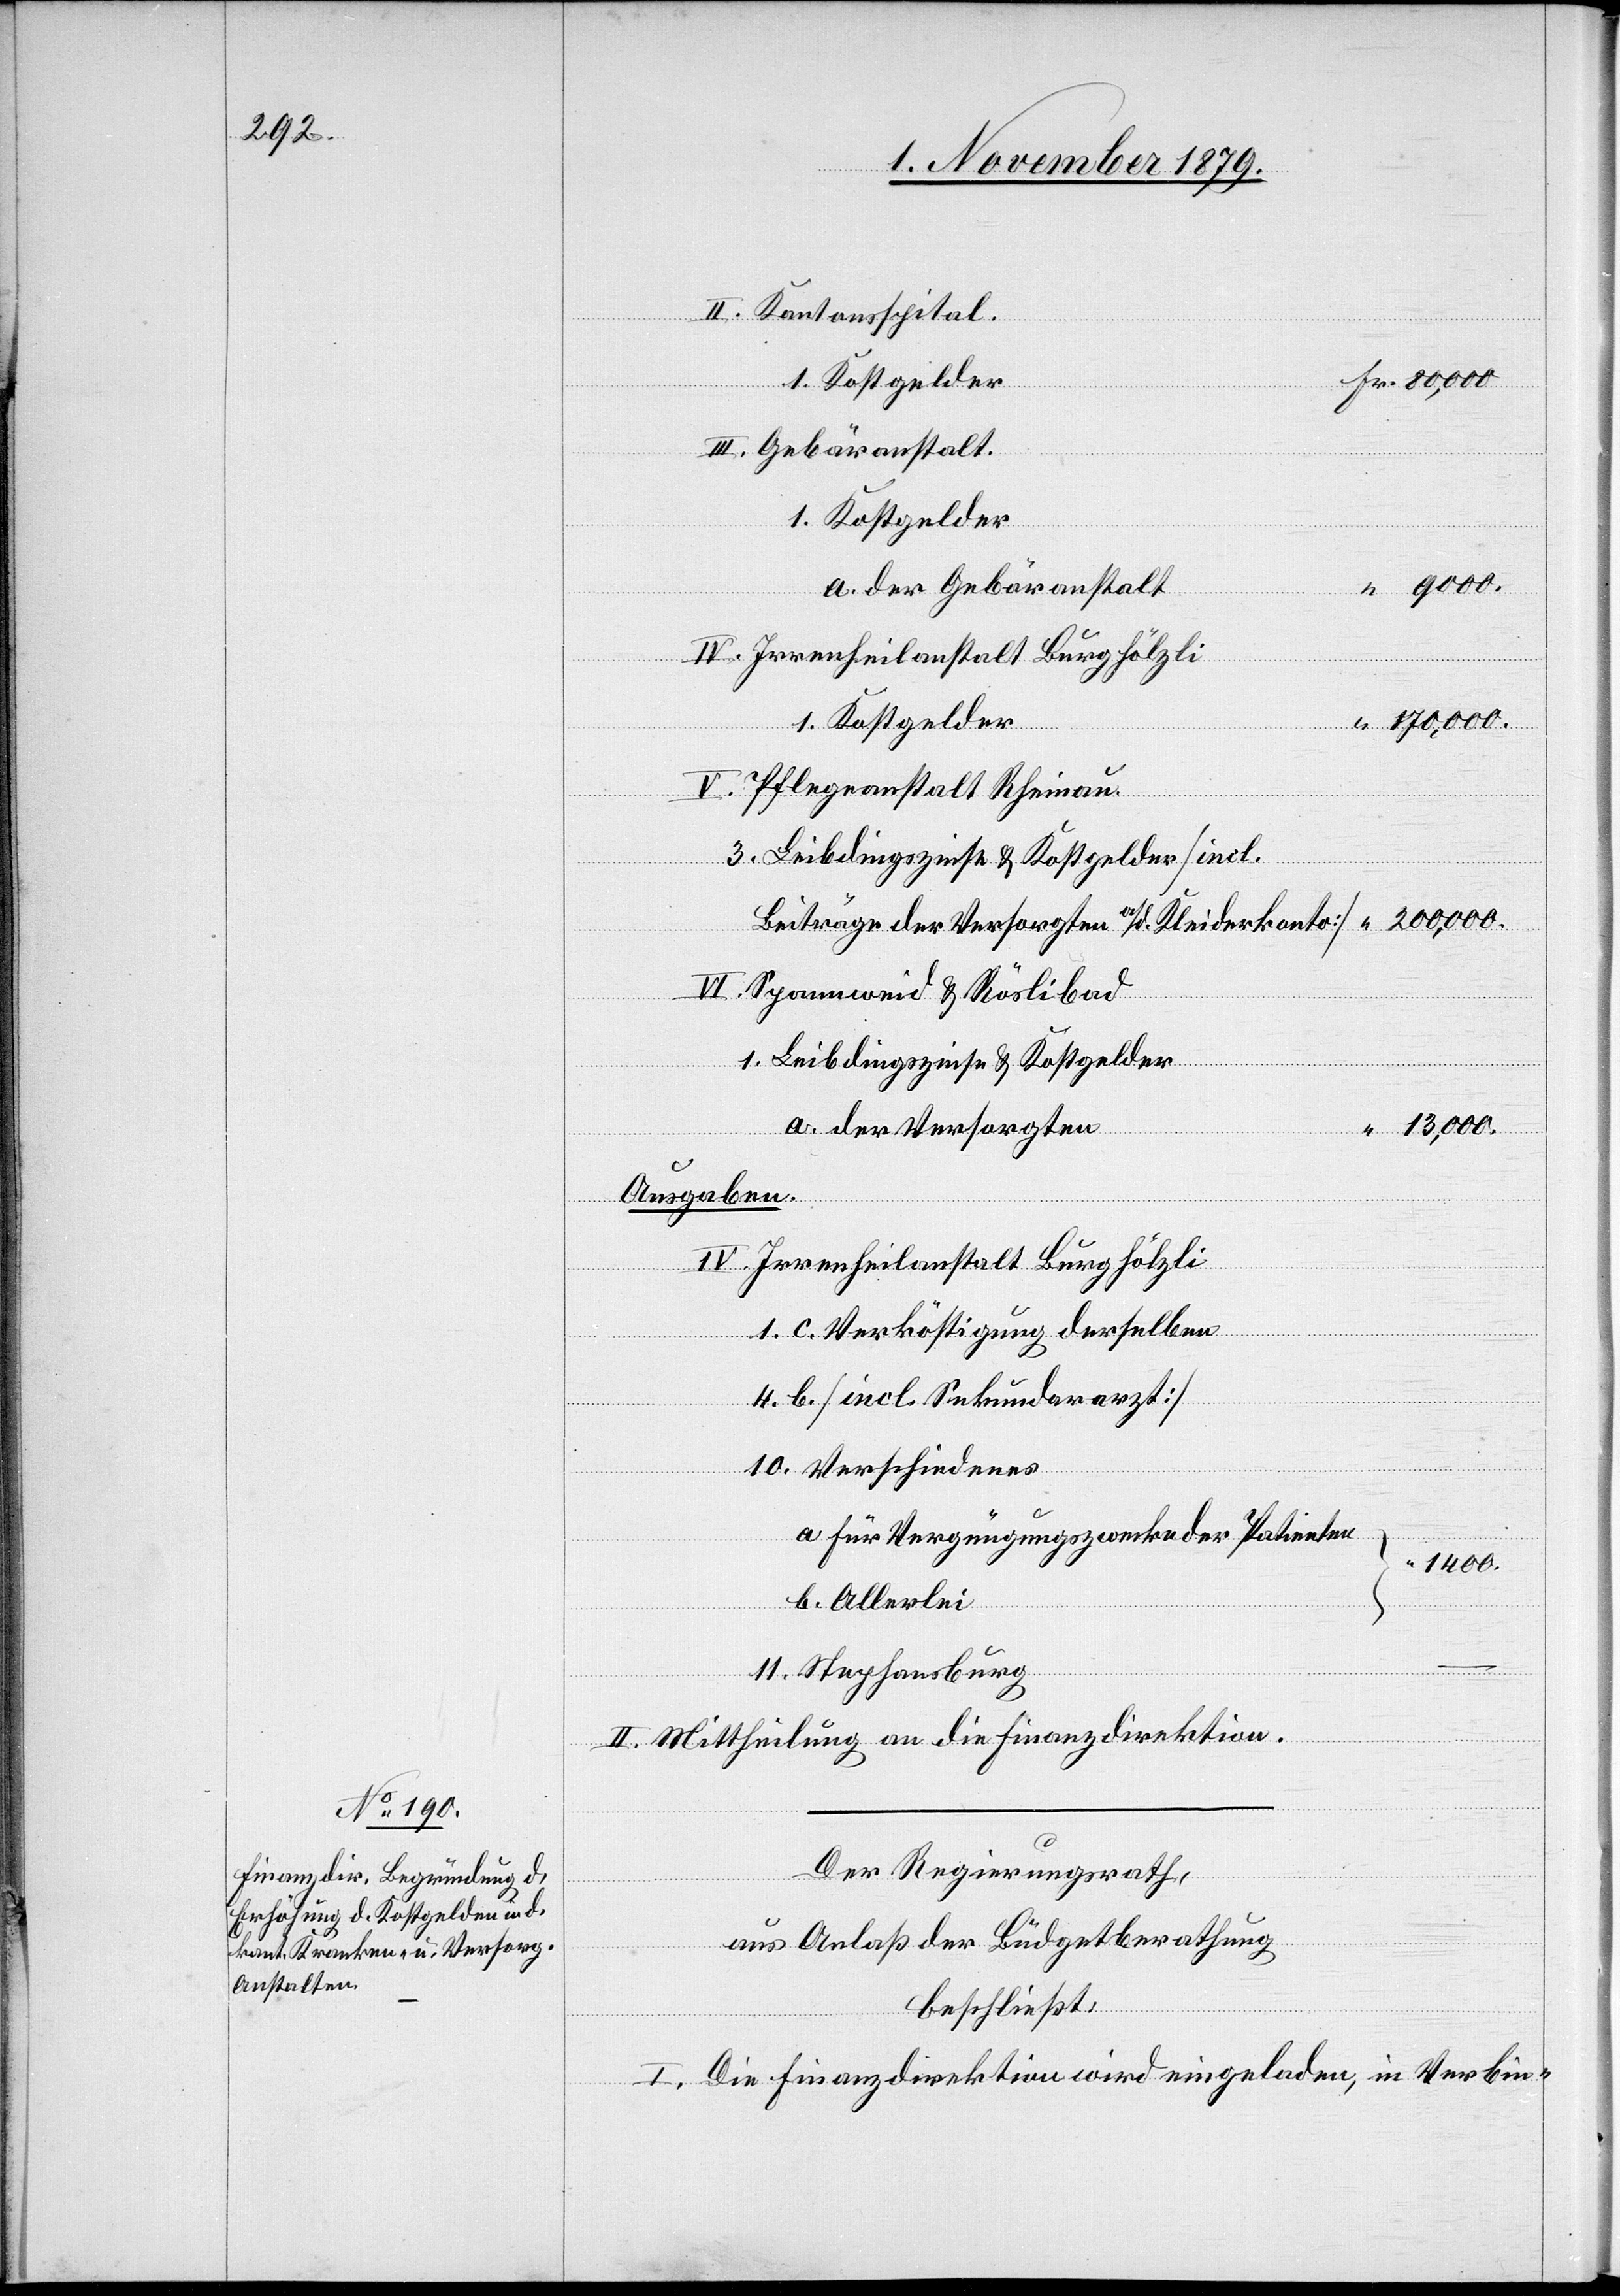
II.

talt.
Kantonsspital.
1. Kostgelder
“
VI.
9000.
a. der Gebäranstalt
170,000.
1. Kostgelder
Pflegeanstalt Rheinau
3. Leibdingszinse & Kostgelder [incl.
Beiträge der Vesorgten a/d Kleiderkonto]
Spannweid & Röslibad
1. Leibdingszinse & Kostgelder
“
13,000.
a. der Versorgten
Ausgaben
Irrenheilanstalt Burghölzli
1. c. Verköstigung derselben
4. b. [incl. Sekundararzt]
10. Verschiedenes
a. für Vergnügungszwecke der Patienten
1400.
b. Allerlei
11. Stephansburg
II. Mittheilung an die Finanzdirektion.
Der Regierungsrath,
IV.
aus Anlaß der Büdgetberathung
beschließt:
I. Die Finanzdirektion wird eingeladen, in Verbin-